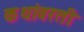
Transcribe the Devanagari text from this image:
कथांवरती